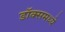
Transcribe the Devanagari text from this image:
डॉक्समध्ये